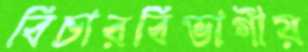
বিচারবিভাগীয়